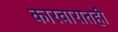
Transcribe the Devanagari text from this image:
कारवारातही